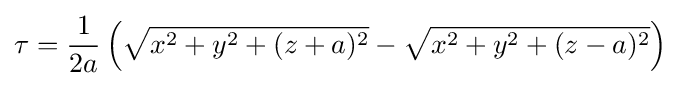
\tau ={\frac {1}{2a}}\left({\sqrt {x^{2}+y^{2}+(z+a)^{2}}}-{\sqrt {x^{2}+y^{2}+(z-a)^{2}}}\right)